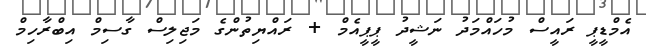
އެމްޑީޕީ ރައީސް މުހައްމަދު ނަޝީދު ޕީޕީއެމް + ރައްޔިތުންގެ މަޖިލިސް ގާސިމް އިބްރާހިމް